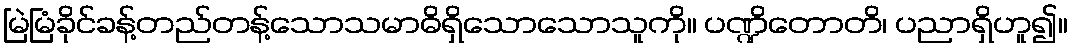
မြဲမြံခိုင်ခန့်တည်တန့်သောသမာဓိရှိသောသောသူကို။ ပဏ္ဍိတောတိ၊ ပညာရှိဟူ၍။